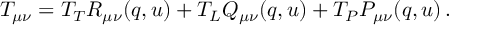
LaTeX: T _ { \mu \nu } = T _ { T } R _ { \mu \nu } ( q , u ) + T _ { L } Q _ { \mu \nu } ( q , u ) + T _ { P } P _ { \mu \nu } ( q , u ) \, .